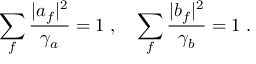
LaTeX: \sum _ { f } { \frac { | a _ { f } | ^ { 2 } } { \gamma _ { a } } } = 1 \; , \quad \sum _ { f } { \frac { | b _ { f } | ^ { 2 } } { \gamma _ { b } } } = 1 \; .